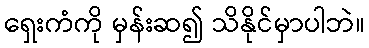
ရှေးကံကို မှန်းဆ၍ သိနိုင်မှာပါဘဲ။